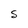
Character: S